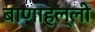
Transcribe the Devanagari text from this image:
बाणाहल्ली